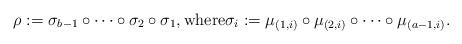
LaTeX: \begin{align*}\rho:=\sigma_{b-1} \circ \cdots \circ \sigma_2\circ \sigma_{1}, \mbox{where} \sigma_i:=\mu_{(1,i)}\circ \mu_{(2,i)}\circ \dots \circ \mu_{(a-1,i)}.\end{align*}